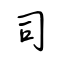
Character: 司